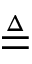
\triangleq